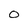
Character: 0